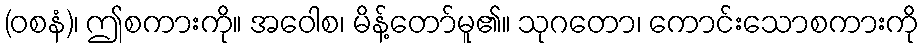
(ဝစနံ)၊ ဤစကားကို။ အဝေါစ၊ မိန့်တော်မူ၏။ သုဂတော၊ ကောင်းသောစကားကို